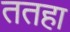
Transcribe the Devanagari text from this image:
ततहा